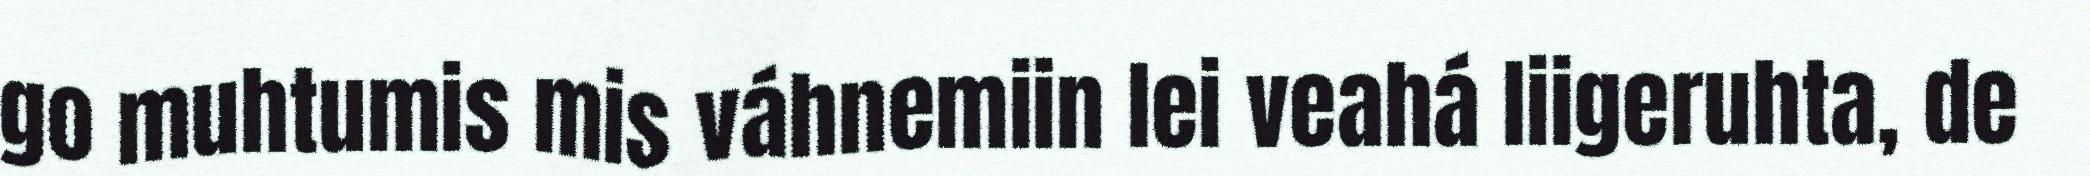
go muhtumis mis váhnemiin lei veahá liigeruhta, de